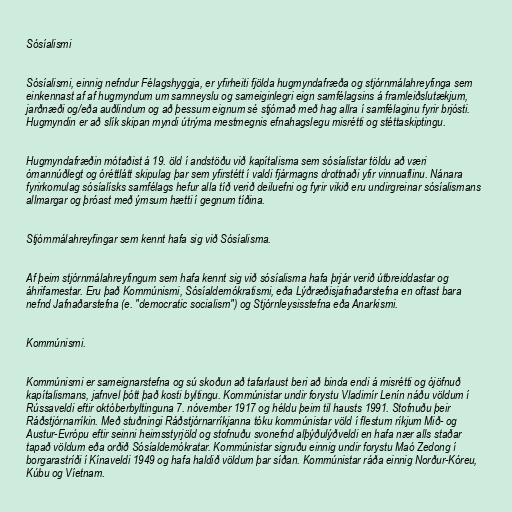
Sósíalismi

Sósíalismi, einnig nefndur Félagshyggja, er yfirheiti fjölda hugmyndafræða og stjórnmálahreyfinga sem
einkennast af af hugmyndum um samneyslu og sameiginlegri eign samfélagsins á framleiðslutækjum,
jarðnæði og/eða auðlindum og að þessum eignum sé stjórnað með hag allra í samfélaginu fyrir brjósti.
Hugmyndin er að slík skipan myndi útrýma mestmegnis efnahagslegu misrétti og stéttaskiptingu.

Hugmyndafræðin mótaðist á 19. öld í andstöðu við kapítalisma sem sósíalistar töldu að væri
ómannúðlegt og óréttlátt skipulag þar sem yfirstétt í valdi fjármagns drottnaði yfir vinnuaflinu. Nánara
fyrirkomulag sósíalísks samfélags hefur alla tíð verið deiluefni og fyrir vikið eru undirgreinar sósíalismans
allmargar og þróast með ýmsum hætti í gegnum tíðina.

Stjórnmálahreyfingar sem kennt hafa sig við Sósíalisma.

Af þeim stjórnmálahreyfingum sem hafa kennt sig við sósíalisma hafa þrjár verið útbreiddastar og
áhrifamestar. Eru það Kommúnismi, Sósíaldemókratismi, eða Lýðræðisjafnaðarstefna en oftast bara
nefnd Jafnaðarstefna (e. "democratic socialism") og Stjórnleysisstefna eða Anarkismi.

Kommúnismi.

Kommúnismi er sameignarstefna og sú skoðun að tafarlaust beri að binda endi á misrétti og ójöfnuð
kapítalismans, jafnvel þótt það kosti byltingu. Kommúnistar undir forystu Vladimír Lenín náðu völdum í
Rússaveldi eftir októberbyltinguna 7. nóvember 1917 og héldu þeim til hausts 1991. Stofnuðu þeir
Ráðstjórnarríkin. Með stuðningi Ráðstjórnarríkjanna tóku kommúnistar völd í flestum ríkjum Mið- og
Austur-Evrópu eftir seinni heimsstyrjöld og stofnuðu svonefnd alþýðulýðveldi en hafa nær alls staðar
tapað völdum eða orðið Sósíaldemókratar. Kommúnistar sigruðu einnig undir forystu Maó Zedong í
borgarastríði í Kínaveldi 1949 og hafa haldið völdum þar síðan. Kommúnistar ráða einnig Norður-Kóreu,
Kúbu og Víetnam.